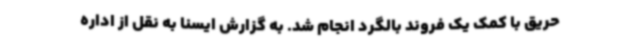
حریق با کمک یک فروند بالگرد انجام شد. به گزارش ایسنا به نقل از اداره